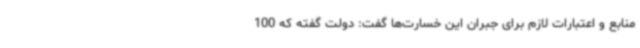
منابع و اعتبارات لازم برای جبران این خسارت‌ها گفت: دولت گفته که 100